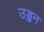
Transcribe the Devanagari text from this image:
उड्डन